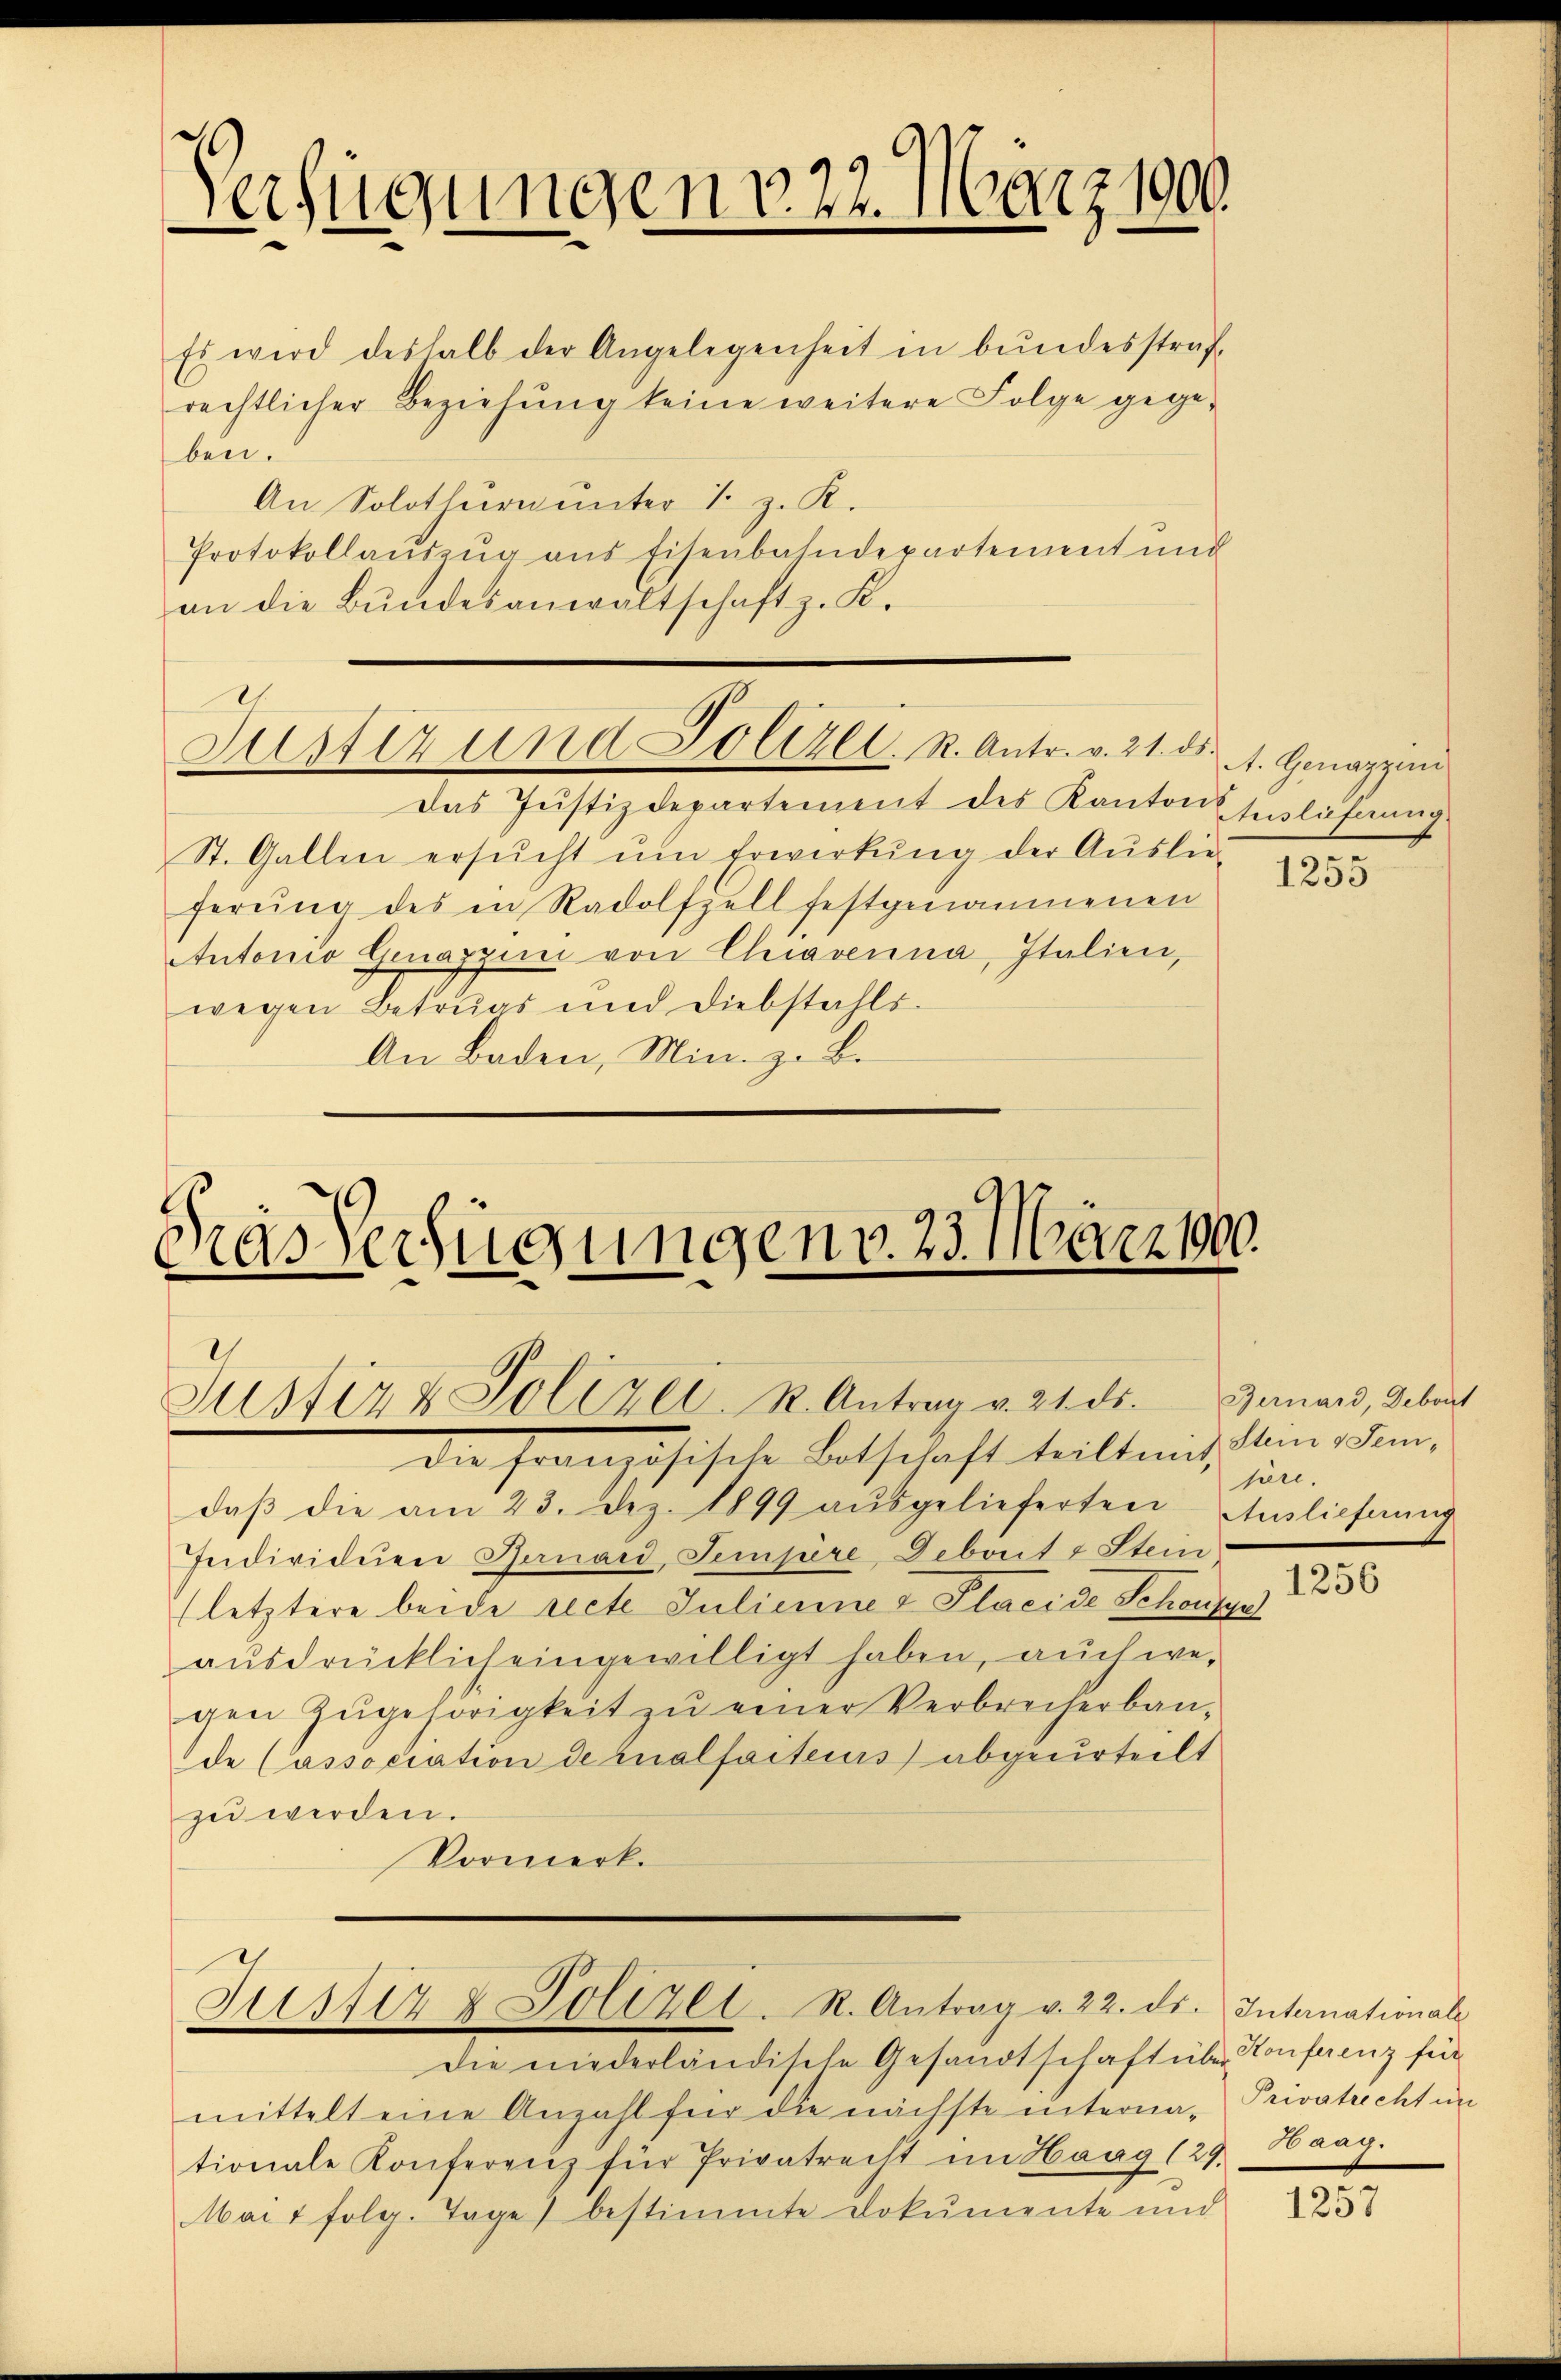
Verfügungen v. 22. März 1900.

Es wird deshalb der Angelegenheit in bundesstraf
rechtlicher Beziehung keine weitere Folge gegeben.
An Solothurn unter 1. z. K.
Protokollaŭszŭg ans Eisenbahndepartement und
an die Bŭndesanwaltschaft z. K.
das Justizdepartement des Kanton Englichnung
St. Gallen ersŭcht ŭm Erwirkung der Auslie
ferŭng des in Radolfzell festgenommenen
Autonio Genappiri von Chiaverna, Italien,
wegen Betrugs und Diebstahls
An Baden, Min. z. B.

Justiz und Polizei. K. Antr. v. 21. ds.

Das Verfügungen v. 23. März 1900.
Justiz & Polizei. R. Antrag v. 21. ds. Bernard, Gebaut

der Französische Betschaft teilten, in den
daβ die am 23. Dez. 1899 aŭsgelieferten son-
Individuen Bernard, Sempere Deburt & Stein,
(letztere beide recte Julienne & Placide Schönsga
aŭsdrücklich eingewilligt haben, auch we-
gen zŭgehörigkeit zŭ einer Verbrecherbaude (association de tualfaiteius abgeurteilt
zu werden.
Vormerk.

Justiz & Polizei. R. Antrag v. 22. ds. Internationale

A. Genazzini

Die niederländische Gesandtschaft über Konferenz für
mittelt eine Anzahl für die nächste interna- Privatrecht in
tionale Konferenz für Privatrecht im Haag (29. Haag.
Mai 1 folg. Tage) bestimmte Dokumente und

1255

Auslieferung

1256

1257